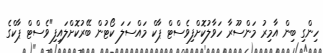
ހިންގި ބިން އާމިރު މަންސޫރާ ހަވާލުކޮށްފިވެސްޓް ޕާކް މައްސަލަ ކޯޓުން ބޭރުކޮށްލައިފި"ވެސްޓް ޕާކްގެ